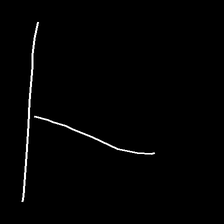
Glyph: column